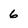
Character: 6